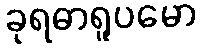
ခုရဓာရူပမော